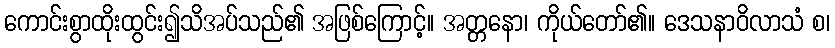
ကောင်းစွာထိုးထွင်း၍သိအပ်သည်၏ အဖြစ်ကြောင့်။ အတ္တနော၊ ကိုယ်တော်၏။ ဒေသနာဝိလာသံ စ၊